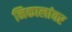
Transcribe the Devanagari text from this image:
निकालांवर